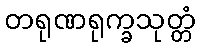
တရုဏရုက္ခသုတ္တံ